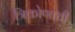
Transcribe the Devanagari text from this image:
त्रिकोणाची